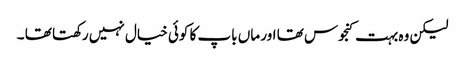
لیکن وہ بہت کنجوس تھا اور ماں باپ کا کوئی خیال نہیں رکھتا تھا ۔